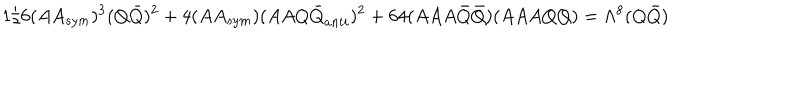
1 / 6 ( A A _ { s y m } ) ^ { 3 } ( Q { \bar { Q } } ) ^ { 2 } + 4 ( A A _ { s y m } ) ( A A Q { \bar { Q } } _ { a n t i } ) ^ { 2 } + 6 4 ( A A A { \bar { Q } } { \bar { Q } } ) ( A A A Q Q ) = \Lambda ^ { 8 } ( Q { \bar { Q } } )